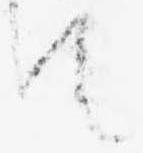
て